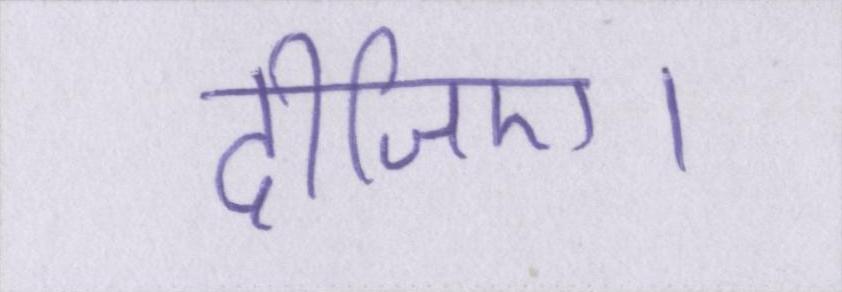
दीजिए।